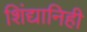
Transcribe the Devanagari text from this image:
शिंद्यानिही